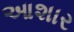
આશાર